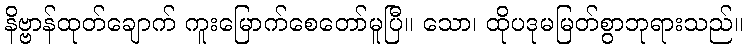
နိဗ္ဗာန်ထုတ်ချောက် ကူးမြောက်စေတော်မူပြီ။ သော၊ ထိုပဒုမမြတ်စွာဘုရားသည်။